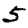
Digit: 5